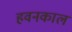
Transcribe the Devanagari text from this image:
हवनकाल